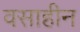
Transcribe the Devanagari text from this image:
वसाहीन